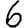
Digit: 6